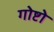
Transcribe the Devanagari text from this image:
गोष्टो